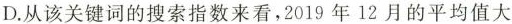
D. 从该关键词的搜索指数来看，2019年12月的平均值大